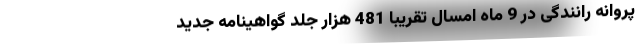
پروانه رانندگی در 9 ماه امسال تقریبا 481 هزار جلد گواهینامه جدید